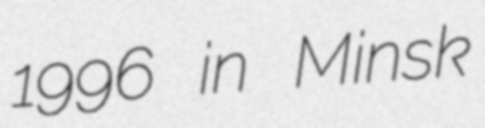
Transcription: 1996 in Minsk